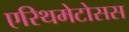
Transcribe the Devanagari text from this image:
एरिथमेटोसस